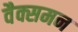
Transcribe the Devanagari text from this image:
वैक्समन